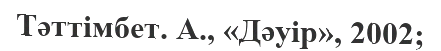
Тәттімбет. А., «Дәуір», 2002;